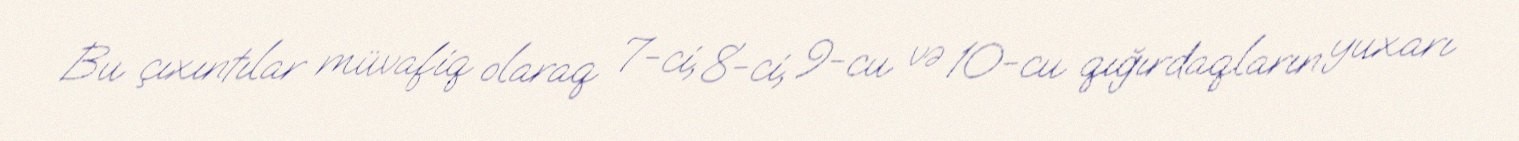
Bu çıxıntılar müvafiq olaraq 7-ci, 8-ci, 9-cu və 10-cu qığırdaqların yuxarı